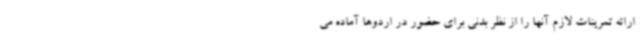
ارائه تمرینات لازم آنها را از نظر بدنی برای حضور در اردوها آماده می